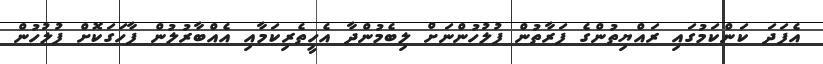
އެފަދަ ކަންކަމުގައި ރައްޔިތުންގެ ފަރާތުން ފުލުހުންނަށް ލިބެމުންދާ އެހީތެރިކަމާއި އެއްބާރުލުން ފާހަގަކޮށް ފުލުހުން